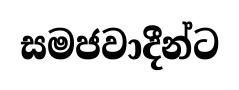
සමජවාදීන්ට